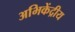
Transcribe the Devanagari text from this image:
अभिकेंद्रीय